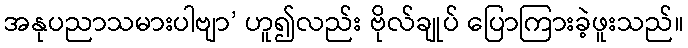
အနုပညာသမားပါဗျာ’ ဟူ၍လည်း ဗိုလ်ချုပ် ပြောကြားခဲ့ဖူးသည်။